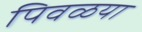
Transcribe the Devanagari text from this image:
पिवळया